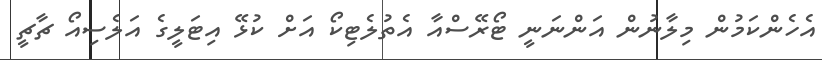
އެހެންކަމުން މިލާނުން އަންނަނީ ޓޯރޭސްއާ އެތުލެޓިކޯ އަށް ކުޅޭ އިޓަލީގެ އަލެސިއޯ ޗާޗީ